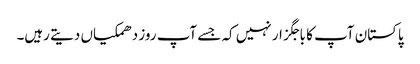
پاکستان آپ کا باجگزار نہیں کہ جسے آپ روز دھمکیاں دیتے رہیں۔